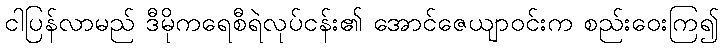
ငါပြန်လာမည် ဒီမိုကရေစီရဲလုပ်ငန်း၏ အောင်ဇေယျာဝင်းက စည်းဝေးကြ၍